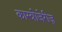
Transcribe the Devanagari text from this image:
कास्त्रोजेरीज़